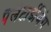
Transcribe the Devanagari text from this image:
पैलेटाईजिंग